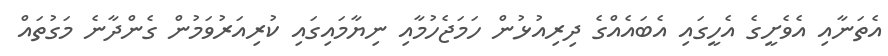
އެތަނާއި އެވެށީގެ އެހީގައި އެބައެއްގެ ދިރިއުޅުން ހަމަޖެހުމާއި ނިޔާމައިގައި ކުރިއަރުވަމުން ގެންދާނެ މަގުތައް